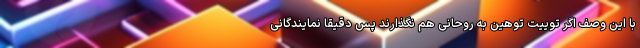
با این وصف اگر توییت توهین به روحانی هم نگذارند پس دقیقا نمایندگانی